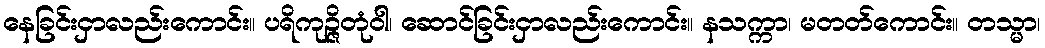
နေခြင်းငှာလည်းကောင်း။ ပရိကုဉ္ဇိတုံဝါ၊ ဆောင်ခြင်းငှာလည်းကောင်း။ နသက္ကာ၊ မတတ်ကောင်း။ တသ္မာ၊